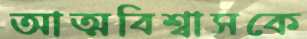
আত্মবিশ্বাসকে